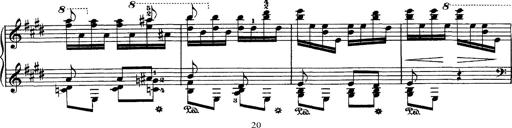
Title: Hungarian Rhapsody No.1
Composer: Franz Liszt
Key: C-sharp minor